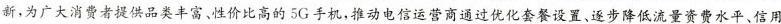
新，为广大消费者提供品类丰富、性价比高的5G手机，推动电信运营商通过优化套餐设置、逐步降低流量资费水平、信用